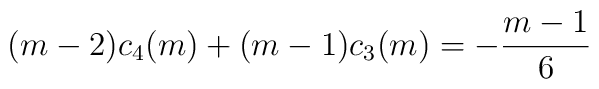
(m-2)c_4(m)+(m-1)c_3(m)=- {\frac{m-1}{6}}